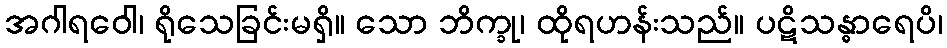
အဂါရဝေါ၊ ရိုသေခြင်းမရှိ။ သော ဘိက္ခု၊ ထိုရဟန်းသည်။ ပဋိသန္ဓာရေပိ၊